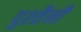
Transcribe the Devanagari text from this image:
पुश्‍तैनी